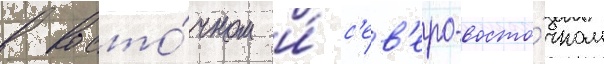
в восто́чном и́ с'ев'еро-восто́чном